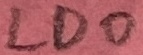
Text: LDO